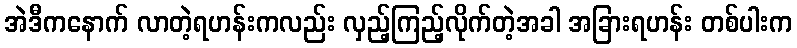
အဲဒီကနောက် လာတဲ့ရဟန်းကလည်း လှည့်ကြည့်လိုက်တဲ့အခါ အခြားရဟန်း တစ်ပါးက